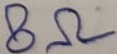
Text: 8Ω